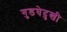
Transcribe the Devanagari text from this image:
गुडघेदुखी